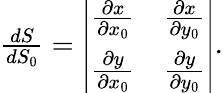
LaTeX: \begin{array}{r}{\frac{dS}{dS_{0}}=\left|\begin{array}{cc}{\frac{\partial x}{\partial x_{0}}}&{\frac{\partial x}{\partial y_{0}}}\\ {\frac{\partial y}{\partial x_{0}}}&{\frac{\partial y}{\partial y_{0}}}\end{array}\right|.}\end{array}